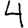
Digit: 4